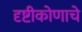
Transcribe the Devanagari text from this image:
दृष्टीकोणाचे